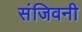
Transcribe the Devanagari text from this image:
संजिवनी